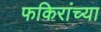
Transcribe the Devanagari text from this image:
फकिरांच्या